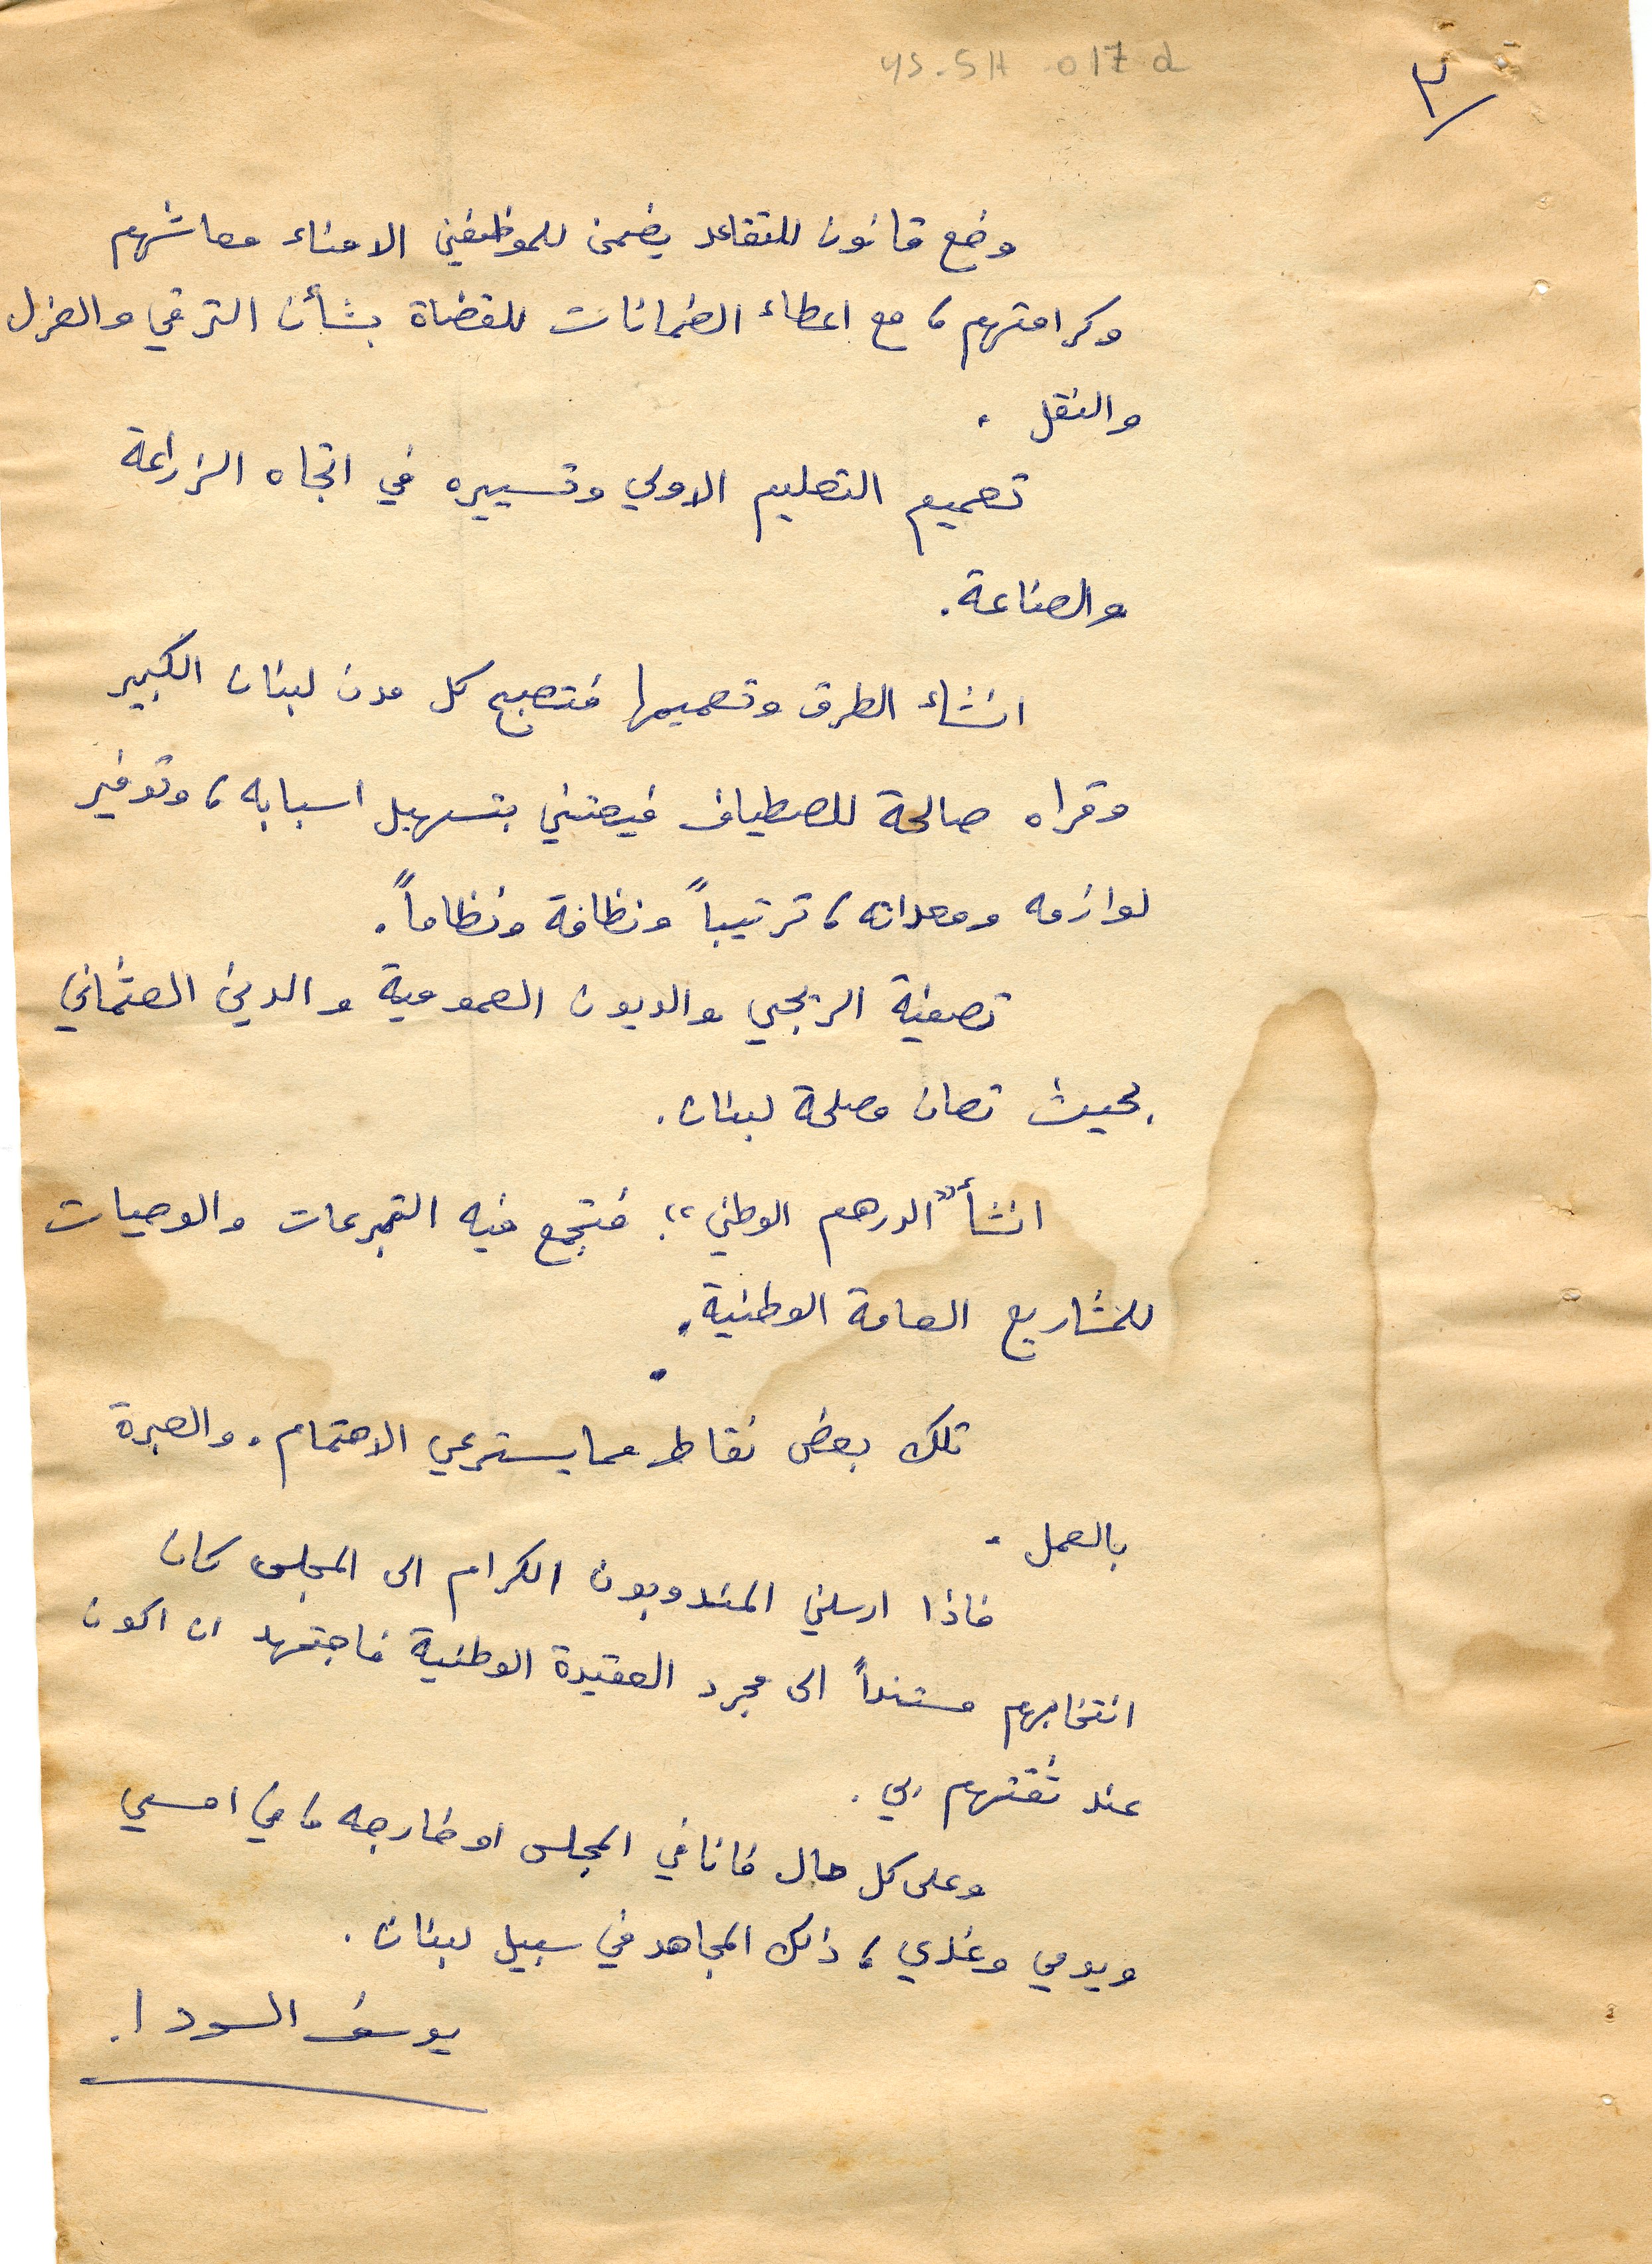
ys-5H-017d
 وضع قانون للتقاعد يضمن للموظفين الامناء معاشهم
 وكرامتهم، مع اعطاء الضمانات للقضاة بشأن الترقي والعزل
والنقل .
تعميم التعليم الاولي وتسييره في اتجاه الزراعة
 والصناعة.
 انشاء الطرق وتصميمها فتصبح كل مدن لبنان الكبير
وقراه صالحة للصطياف فيعتني بتسهيل اسبابه، وتوفير
 لوازمه ومعداته، ترتيباً ونظافة ونظاماً.
تصفية الريجي والديون العمومية والدين العثماني
بحيث تصان مصلحة لبنان.
انشأ "الدرهم الوطني" فتجمع فيه التبرعات والوصيات
بالعمل .
فاذا ارسلني المندوبون الكرام الى المجلس كان
 انتخابهم مستنداً الى مجرد العقيدة الوطنية فاجتهد ان اكون
عند ثقتهم بي.
وعلى كل حال فانا في المجلس او خارجه ما في امسي
 ويومي وغدي، ذلك المجاهد في سبيل لبنان.
يوسف السودا.
٣
للمشاريع العامة الوطنية.
تلك بعض نقاط مما يسترعي الاهتمام. والعبرة